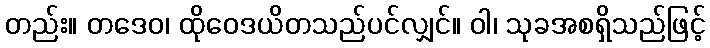
တည်း။ တဒေဝ၊ ထိုဝေဒယိတသည်ပင်လျှင်။ ဝါ၊ သုခအစရှိသည်ဖြင့်